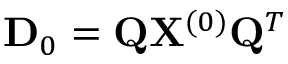
{ \bf D } _ { 0 } = { \bf Q } { \bf X } ^ { ( 0 ) } { \bf Q } ^ { T }